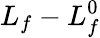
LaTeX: L_{f}-L_{f}^{0}